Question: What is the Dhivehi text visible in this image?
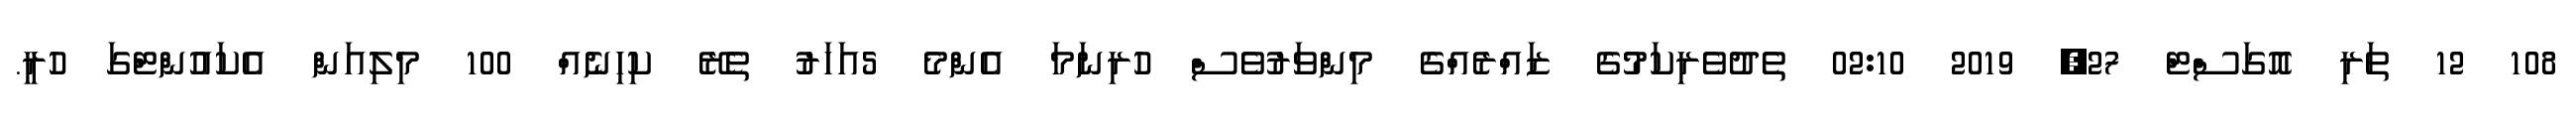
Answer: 108 12 ތަރި އޮގަސްޓް 27, 2019 02:10 ތެދުވެރިކަމުގެ ޒައްރެއްގެ މިންވަރުވެސް ހުރިނަމަ އެންމެ 5އަހަރު ތެރޭ ކިހިނެއް 100 މިލިއަން އެކައުންޓްގަ ހުރީ.